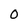
Character: 0